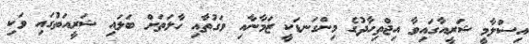
އިސްލާމީ ޝަރީއާގައިވާ އިޖްތިހާދުގެ މިންގަނޑަކީ ޒަމާނާއި ވަގުތާއި ހާލަތަށް ބަލައި ޝަރީއަތުގައި ވަކި